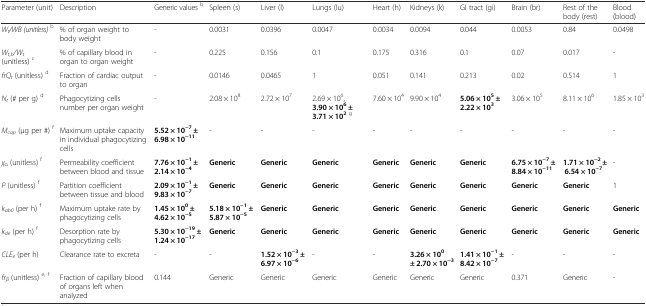
<table><thead><tr><td><b>Parameter (unit)</b></td><td><b>Description</b></td><td><b>Generic values <sup>b</sup></b></td><td><b>Spleen (s)</b></td><td><b>Liver (l)</b></td><td><b>Lungs (lu)</b></td><td><b>Heart (h)</b></td><td><b>Kidneys (k)</b></td><td><b>GI tract (gi)</b></td><td><b>Brain (br)</b></td><td><b>Rest of the body (rest)</b></td><td><b>Blood (blood)</b></td></tr></thead><tbody><tr><td><i>W</i><sub><i>t</i></sub><i>/WB (unitless)</i><sup>b</sup></td><td>% of organ weight to body weight</td><td>-</td><td>0.0031</td><td>0.0396</td><td>0.0047</td><td>0.0034</td><td>0.0094</td><td>0.044</td><td>0.0053</td><td>0.84</td><td>0.0498</td></tr><tr><td><i>W</i><sub><i>t,b</i></sub><i>/W</i><sub><i>t</i></sub> (unitless) <sup>c</sup></td><td>% of capillary blood in organ to organ weight</td><td>-</td><td>0.225</td><td>0.156</td><td>0.1</td><td>0.175</td><td>0.316</td><td>0.1</td><td>0.07</td><td>0.017</td><td>-</td></tr><tr><td><i>frQ</i><sub><i>t</i></sub> (unitless) <sup>d</sup></td><td>Fraction of cardiac output to organ</td><td>-</td><td>0.0146</td><td>0.0465</td><td>1</td><td>0.051</td><td>0.141</td><td>0.213</td><td>0.02</td><td>0.514</td><td>1</td></tr><tr><td><i>N</i><sub><i>t</i></sub> (# per g) <sup>d</sup></td><td>Phagocytizing cells number per organ weight</td><td>-</td><td>2.08 × 10<sup>8</sup></td><td>2.72 × 10<sup>7</sup></td><td>2.69 × 10<sup>6</sup>, <b>3.90 × 10</b><sup><b>6</b></sup> <b>± 3.71 × 10</b><sup><b>2</b></sup><sup>g</sup></td><td>7.60 × 10<sup>4</sup></td><td>9.90 × 10<sup>4</sup></td><td><b>5.06 × 10</b><sup><b>5</b></sup> <b>± 2.22 × 10</b><sup><b>3</b></sup></td><td>3.06 × 10<sup>5</sup></td><td>8.11 × 10<sup>6</sup></td><td>1.85 × 10<sup>3</sup></td></tr><tr><td><i>M</i><sub><i>cap</i></sub> (μg per #) <sup>f</sup></td><td>Maximum uptake capacity in individual phagocytizing cells</td><td><b>5.52 × 10</b><sup><b>−7</b></sup> <b>± 6.98 × 10</b><sup><b>−11</b></sup></td><td>-</td><td>-</td><td>-</td><td>-</td><td>-</td><td>-</td><td>-</td><td>-</td><td>-</td></tr><tr><td><i>χ</i><sub>α</sub> (unitless) <sup>f</sup></td><td>Permeability coefficient between blood and tissue</td><td><b>7.76 × 10</b><sup><b>−1</b></sup> <b>± 2.14 × 10</b><sup><b>−4</b></sup></td><td><b>Generic</b></td><td><b>Generic</b></td><td><b>Generic</b></td><td><b>Generic</b></td><td><b>Generic</b></td><td><b>Generic</b></td><td><b>6.75 × 10</b><sup><b>−7</b></sup> <b>± 8.84 × 10</b><sup><b>−11</b></sup></td><td><b>1.71 × 10</b><sup><b>−2</b></sup> <b>± 6.54 × 10</b><sup><b>−7</b></sup></td><td>-</td></tr><tr><td><i>P</i> (unitless) <sup>f</sup></td><td>Partition coefficient between tissue and blood</td><td><b>2.09 × 10</b><sup><b>−1</b></sup> <b>± 9.83 × 10</b><sup><b>−7</b></sup></td><td><b>Generic</b></td><td><b>Generic</b></td><td><b>Generic</b></td><td><b>Generic</b></td><td><b>Generic</b></td><td><b>Generic</b></td><td><b>Generic</b></td><td><b>Generic</b></td><td>1</td></tr><tr><td><i>k</i><sub><i>ab0</i></sub> (per h) <sup>f</sup></td><td>Maximum uptake rate by phagocytizing cells</td><td><b>1.45 × 10</b><sup><b>0</b></sup> <b>± 4.62 × 10</b><sup><b>−5</b></sup></td><td><b>5.18 × 10</b><sup><b>−1</b></sup> <b>± 5.87 × 10</b><sup><b>−5</b></sup></td><td><b>Generic</b></td><td><b>Generic</b></td><td><b>Generic</b></td><td><b>Generic</b></td><td><b>Generic</b></td><td><b>Generic</b></td><td><b>Generic</b></td><td><b>Generic</b></td></tr><tr><td><i>k</i><sub><i>de</i></sub> (per h) <sup>f</sup></td><td>Desorption rate by phagocytizing cells</td><td><b>5.30 × 10</b><sup><b>−19</b></sup> <b>± 1.24 × 10</b><sup><b>−17</b></sup></td><td><b>Generic</b></td><td><b>Generic</b></td><td><b>Generic</b></td><td><b>Generic</b></td><td><b>Generic</b></td><td><b>Generic</b></td><td><b>Generic</b></td><td><b>Generic</b></td><td><b>Generic</b></td></tr><tr><td><i>CLE</i><sub><i>e</i></sub> (per h)</td><td>Clearance rate to excreta</td><td>-</td><td>-</td><td><b>1.52 × 10</b><sup><b>−3</b></sup> <b>± 6.97 × 10</b><sup><b>−6</b></sup></td><td>-</td><td>-</td><td><b>3.26 × 10</b><sup><b>0</b></sup> <b>± 2.70 × 10</b><sup><b>−3</b></sup></td><td><b>1.41 × 10</b><sup><b>−1</b></sup> <b>± 8.42 × 10</b><sup><b>−7</b></sup></td><td>-</td><td>-</td><td>-</td></tr><tr><td><i>fr</i><sub><i>β</i></sub> (unitless) <sup>e, f</sup></td><td>Fraction of capillary blood of organs left when analyzed</td><td>0.144</td><td>Generic</td><td>Generic</td><td>Generic</td><td>Generic</td><td>Generic</td><td>Generic</td><td>0.371</td><td>Generic</td><td>-</td></tr></tbody></table>